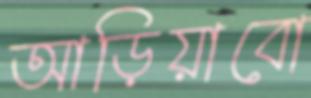
আড়িয়াবো